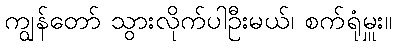
ကျွန်တော် သွားလိုက်ပါဦးမယ်၊ စက်ရုံမှူး။